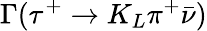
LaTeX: \Gamma(\tau^{+}\to K_{L}\pi^{+}\bar{\nu})